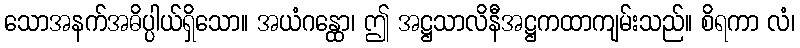
သောအနက်အဓိပ္ပါယ်ရှိသော။ အယံဂန္ထော၊ ဤ အဋ္ဌသာလိနီအဋ္ဌကထာကျမ်းသည်။ စိရကာ လံ၊